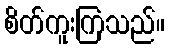
စိတ်ကူးကြသည်။